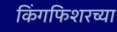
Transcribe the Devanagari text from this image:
किंगफिशरच्या